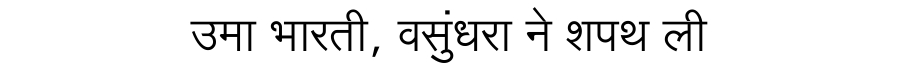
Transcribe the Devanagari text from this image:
उमा भारती, वसुंधरा ने शपथ ली